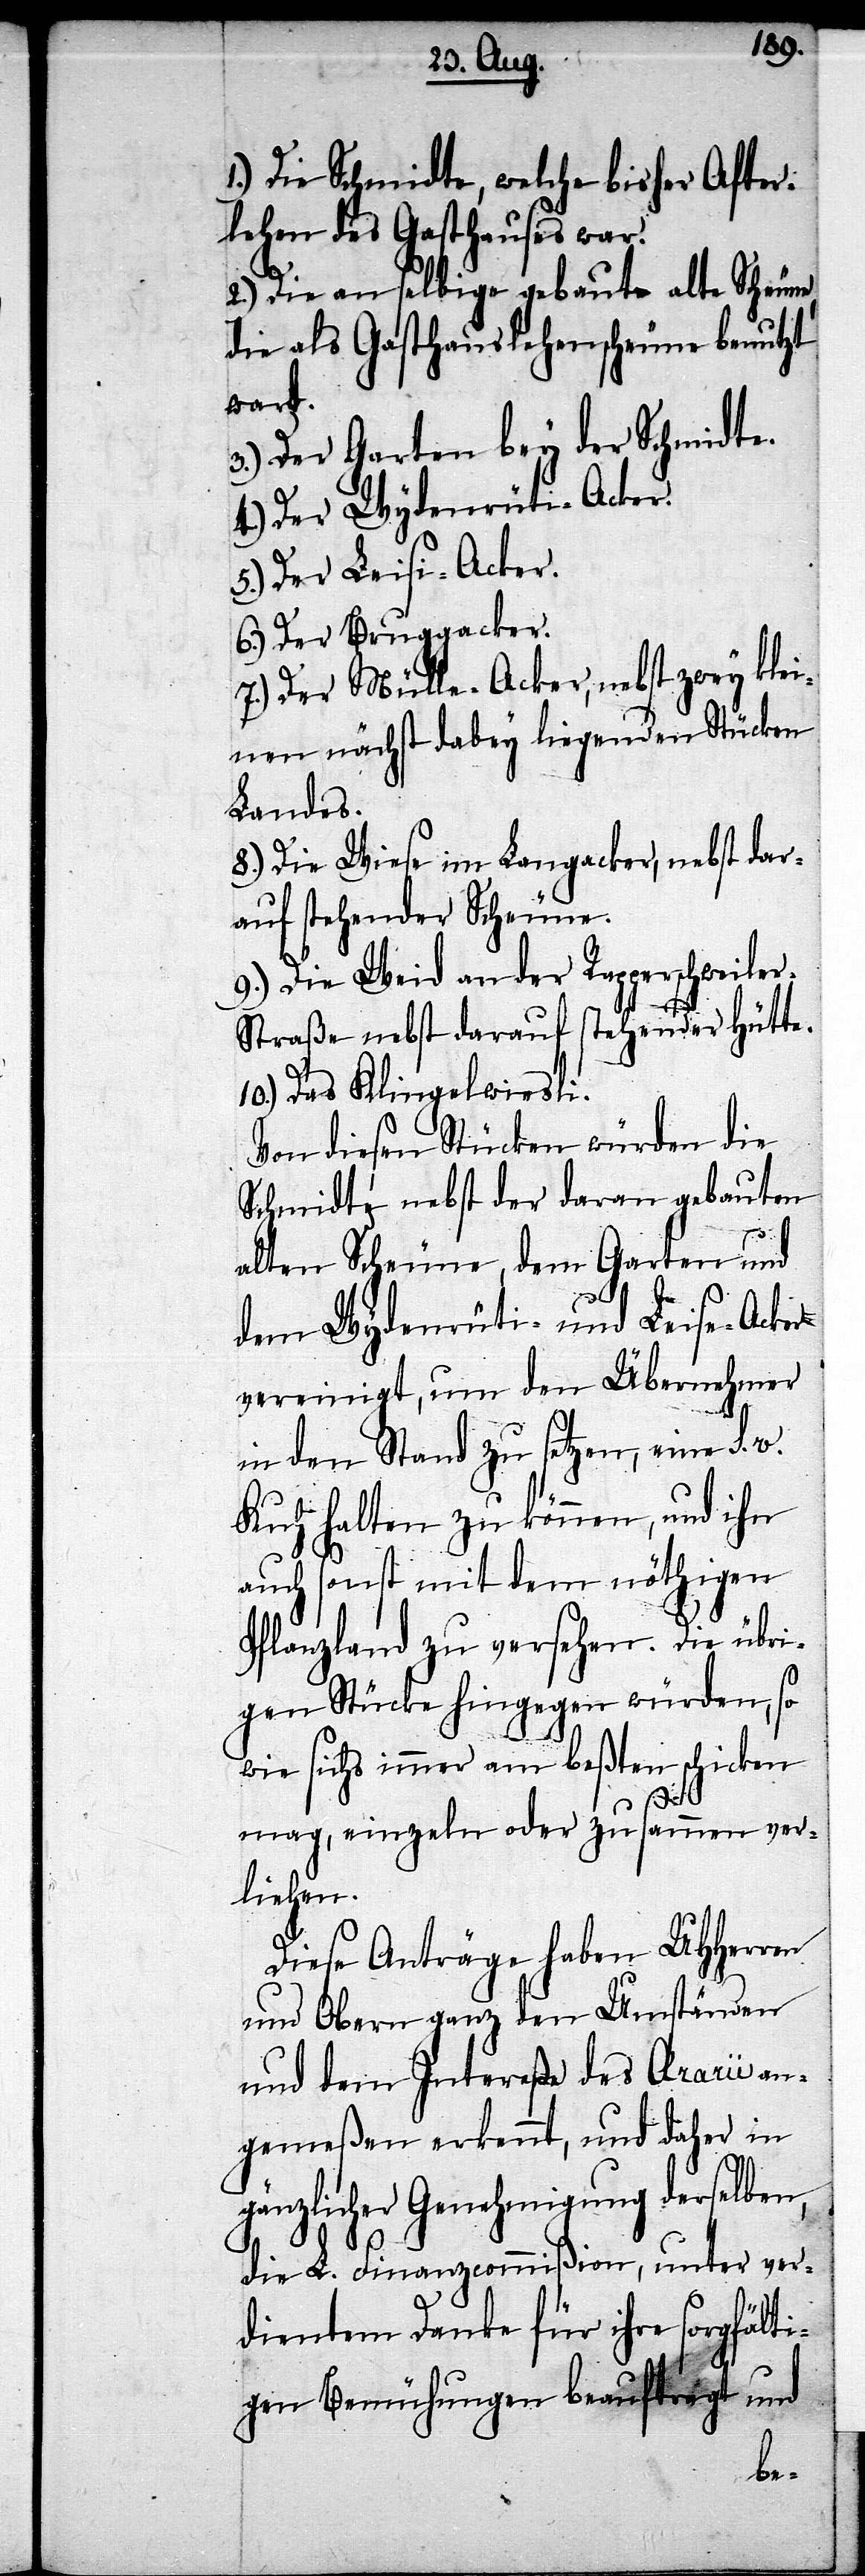
1.) Die Schmidte, welche bisher After¬
lehen des Gasthauses war.
2.) Die an selbige gebaute alte Scheune,
die als Gasthauslehenscheune benutzt
wart.
3.) Der Garten bey der Schmidte.
4.) Der Wydenrüti-Acker.
5.) Der Leisi-Acker.
6.) Der Bruggacker.
7.) Der Mülle-Acker, nebst zwey klei¬
nen nächst dabey liegenden Stücken
Landes.
8.) Die Wiese im Langacker, nebst dar¬
auf stehender Scheune.
9.) Die Weid an der Rapperschweile¬
traße nebst darauf stehender Hütte.
10.) Das Klingelwiesli.
Von diesen Stücken würden die
Schmidte nebst der daran gebauten
alten Scheune, dem Garten und
dem Wydenrüti- und Leise-Acker
vereinigt, um den Übernehmer
in den Stand zu setzen, eine s. v.
Kuh halten zu können, und ihn
auch sonst mit dem nöthigen
Pflanzland zu versehen. Die übri¬
gen Stücke hingegen würden, so
wie sichs immer am beßten schicken
mag, einzeln oder zusammen ver¬
liehen.
Diese Anträge haben UHHerren
und Obern ganz den Umständen
und dem Intereße des Ærarii an¬
gemeßen erkennt, und daher in
gänzlicher Genehmigung derselben,
die L. Finanzcommißion, unter ver¬
dientem Danke für ihre sorgfälti¬
gen Bemühungen beauftragt und
r-S¬